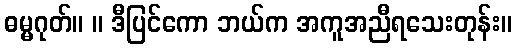
ဓမ္မဂုတ်။ ။ ဒီပြင်ကော ဘယ်က အကူအညီရသေးတုန်း။